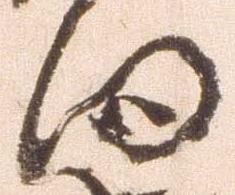
向